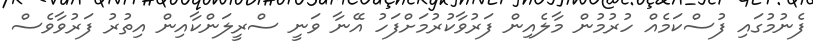
ފެނުމުގައި ފުސްކަމެއް ހުރުމުން މާލެއިން ފަރުވާކުރުމަށްފަހު އޭނާ ވަނީ ސްރީލަންކާއިން އިތުރު ފަރުވާވެސް